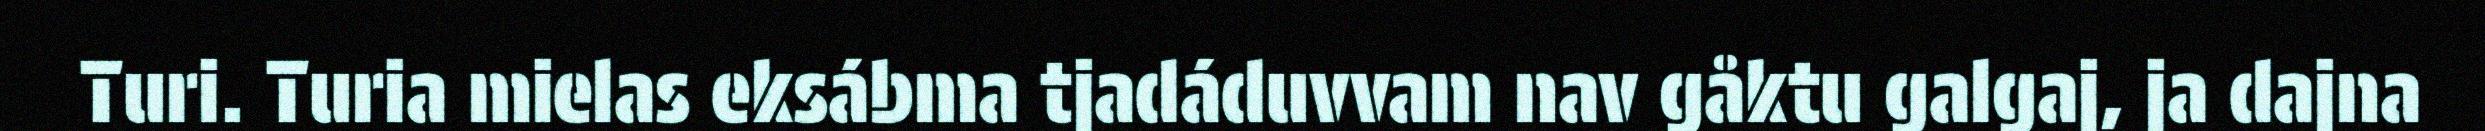
Turi. Turia mielas eksábma tjadáduvvam nav gåktu galgaj, ja dajna